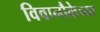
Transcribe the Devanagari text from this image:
विवानौकेच्या